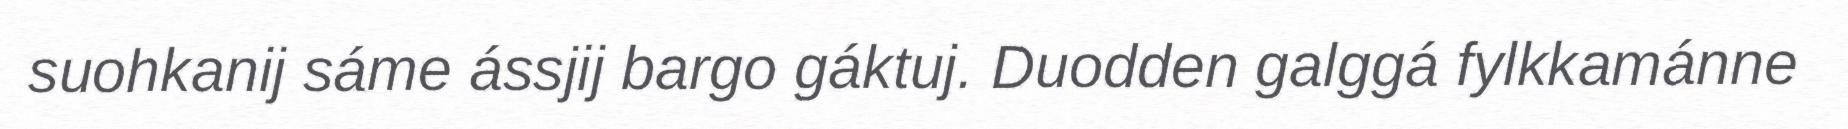
suohkanij sáme ássjij bargo gáktuj. Duodden galggá fylkkamánne